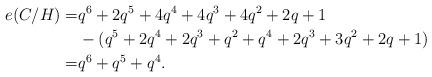
LaTeX: \begin{align*}e(C/H) =& q^6+2q^5+4q^4+ 4q^3+4q^2+2q+1 \\ &-(q^5+2q^4+2q^3+q^2+q^4+2q^3+3q^2+2q+1) \\ =& q^6+q^5+q^4. \end{align*}